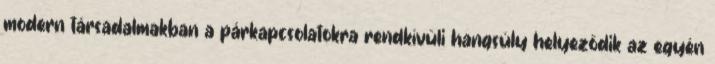
modern társadalmakban a párkapcsolatokra rendkívüli hangsúly helyeződik az egyén